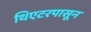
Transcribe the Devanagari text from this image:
थिएटरपासून